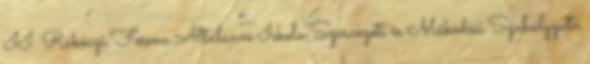
II. Rákóczi Ferenc Általános Iskola Szervezeti és Működési Szabályzata